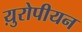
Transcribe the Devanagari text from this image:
य़ुरोपीयन